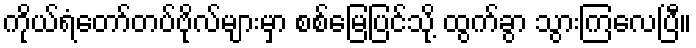
ကိုယ်ရံတော်တပ်ဗိုလ်များမှာ စစ်မြေပြင်သို့ ထွက်ခွာ သွားကြလေပြီ။